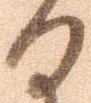
る